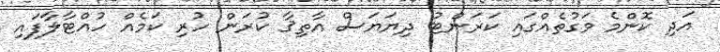
އަދި ކޮންމެ ވަގުތެއްގައި ކަރަންޓު ދިޔަޔަސް އާތިޤާ ކުރަން ހުރި ކަމެއް ހުއްޓާލާފައި